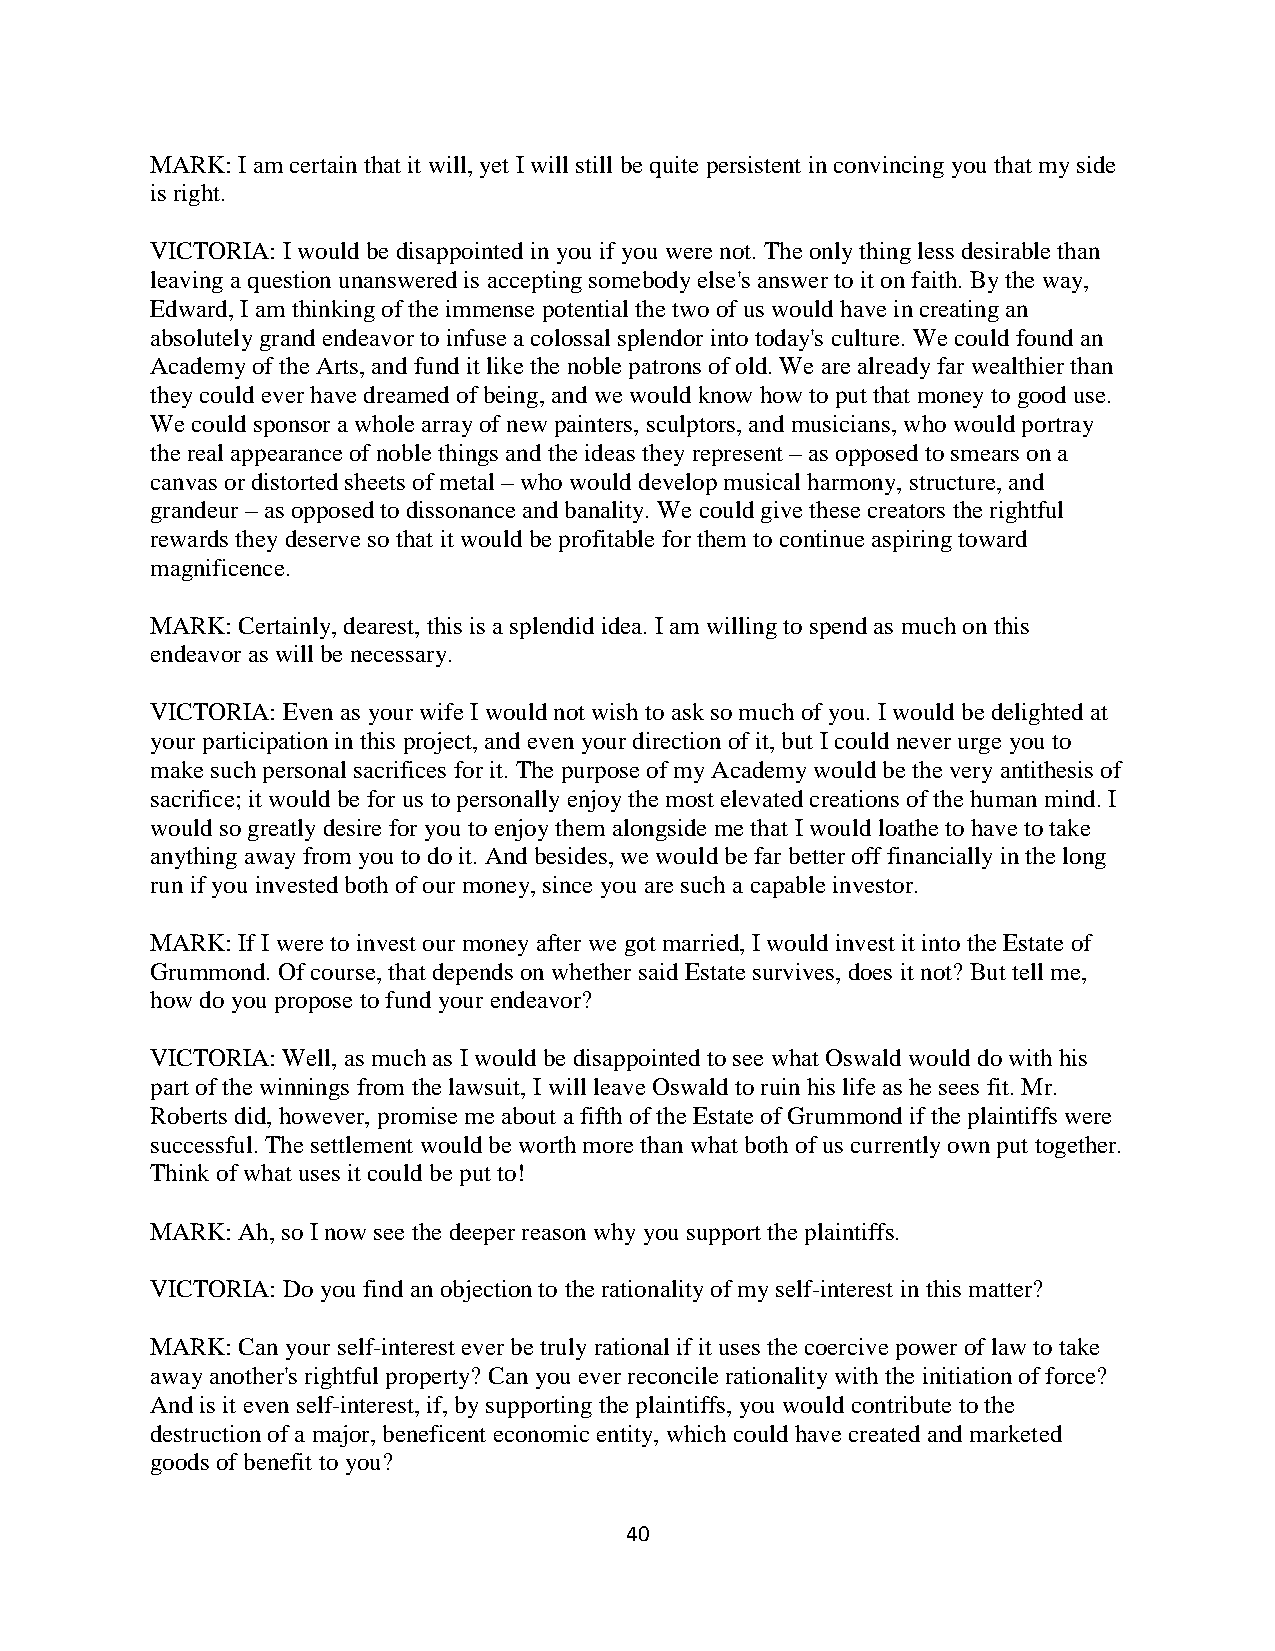
MARK: I am certain that it will, yet I will still be quite persistent in convincing you that my side
 is right.
 VICTORIA: I would be disappointed in you if you were not. The only thing less desirable than
 leaving a question unanswered is accepting somebody else's answer to it on faith. By the way,
 Edward, I am thinking of the immense potential the two of us would have in creating an
 absolutely grand endeavor to infuse a colossal splendor into today's culture. We could found an
 Academy of the Arts, and fund it like the noble patrons of old. We are already far wealthier than
 they could ever have dreamed of being, and we would know how to put that money to good use.
 We could sponsor a whole array of new painters, sculptors, and musicians, who would portray
 the real appearance of noble things and the ideas they represent – as opposed to smears on a
 canvas or distorted sheets of metal – who would develop musical harmony, structure, and
 grandeur – as opposed to dissonance and banality. We could give these creators the rightful
 rewards they deserve so that it would be profitable for them to continue aspiring toward
 magnificence.
 MARK: Certainly, dearest, this is a splendid idea. I am willing to spend as much on this
 endeavor as will be necessary.
 VICTORIA: Even as your wife I would not wish to ask so much of you. I would be delighted at
 your participation in this project, and even your direction of it, but I could never urge you to
 make such personal sacrifices for it. The purpose of my Academy would be the very antithesis of
 sacrifice; it would be for us to personally enjoy the most elevated creations of the human mind. I
 would so greatly desire for you to enjoy them alongside me that I would loathe to have to take
 anything away from you to do it. And besides, we would be far better off financially in the long
 run if you invested both of our money, since you are such a capable investor.
 MARK: If I were to invest our money after we got married, I would invest it into the Estate of
 Grummond. Of course, that depends on whether said Estate survives, does it not? But tell me,
 how do you propose to fund your endeavor?
 VICTORIA: Well, as much as I would be disappointed to see what Oswald would do with his
 part of the winnings from the lawsuit, I will leave Oswald to ruin his life as he sees fit. Mr.
 Roberts did, however, promise me about a fifth of the Estate of Grummond if the plaintiffs were
 successful. The settlement would be worth more than what both of us currently own put together.
 Think of what uses it could be put to!
 MARK: Ah, so I now see the deeper reason why you support the plaintiffs.
 VICTORIA: Do you find an objection to the rationality of my self-interest in this matter?
 MARK: Can your self-interest ever be truly rational if it uses the coercive power of law to take
 away another's rightful property? Can you ever reconcile rationality with the initiation of force?
 And is it even self-interest, if, by supporting the plaintiffs, you would contribute to the
 destruction of a major, beneficent economic entity, which could have created and marketed
 goods of benefit to you?
 40